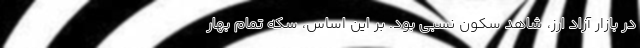
در بازار آزاد ارز، شاهد سکون نسبی بود. بر این اساس، سکه تمام بهار